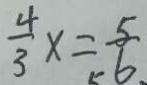
\frac { 4 } { 3 } x = \frac { 5 } { 6 } .